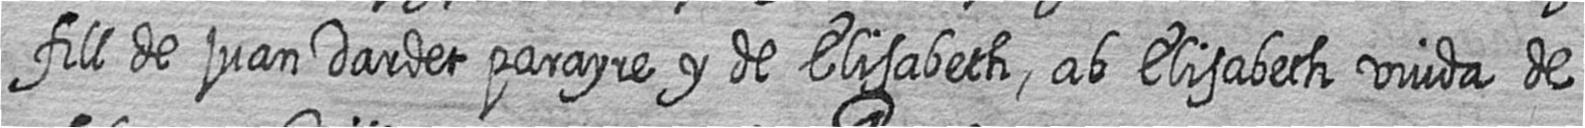
fill de juan Dardet parayre y de Elisabeth ab Elisabeth viuda de